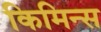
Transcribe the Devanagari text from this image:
किमिन्स